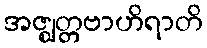
အဇ္ဈတ္တဗာဟိရာတိ